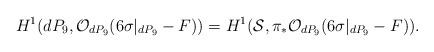
LaTeX: \begin{align*}H^{1}(dP_9, {\cal O}_{dP_9}(6 \sigma|_{dP_9} -F))=H^{1} ({\cal S}, \pi_{*}{\cal O}_{dP_9}(6\sigma|_{dP_9} -F)).\end{align*}